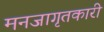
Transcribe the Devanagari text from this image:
मनजागृतकारी